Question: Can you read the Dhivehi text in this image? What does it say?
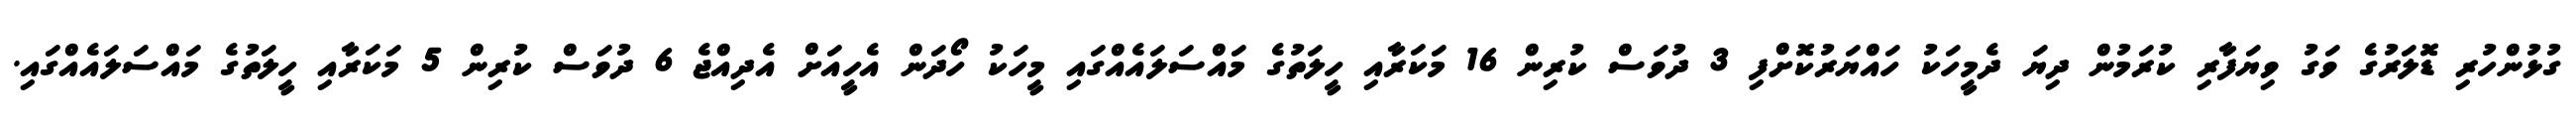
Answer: ގުޅުންހުރި ޑޮލަރުގެ ވަގު ވިޔަފާރި ކުރަމުން ދިޔަ ދެމީހަކު ހައްޔަރުކޮށްފި 3 ދުވަސް ކުރިން 16 މަކަރާއި ހީލަތުގެ މައްސަލައެއްގައި މީހަކު ހޯދަން އެހީއަށް އެދިއްޖެ 6 ދުވަސް ކުރިން 5 މަކަރާއި ހީލަތުގެ މައްސަލައެއްގައި.